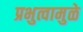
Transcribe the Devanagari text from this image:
प्रभुत्वामुळे